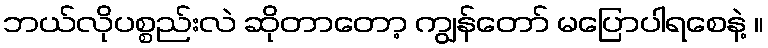
ဘယ်လိုပစ္စည်းလဲ ဆိုတာတော့ ကျွန်တော် မပြောပါရစေနဲ့ ။